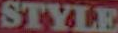
STYLE